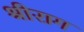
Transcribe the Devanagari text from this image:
श्रीराग